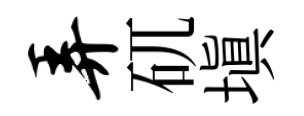
弄矹塡